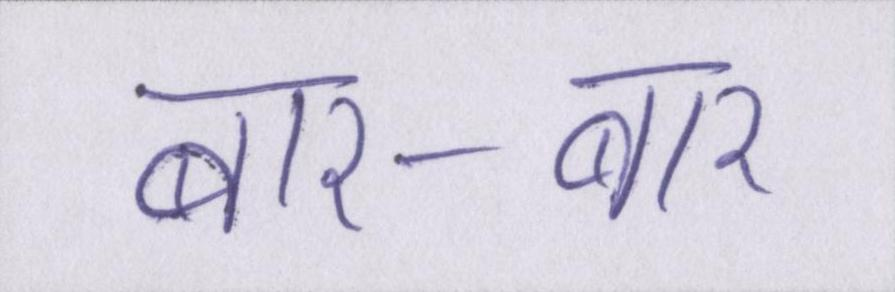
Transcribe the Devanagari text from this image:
बार-बार